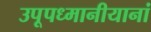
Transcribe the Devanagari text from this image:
उपूपध्मानीयानां